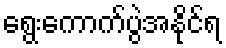
ရွေးကောက်ပွဲအနိုင်ရ